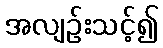
အလျဉ်းသင့်၍